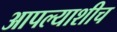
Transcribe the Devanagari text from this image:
आपल्याशीच